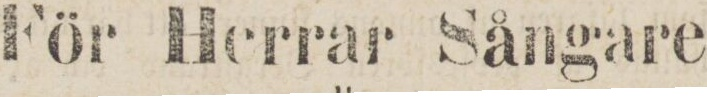
För Herrar Sångare